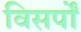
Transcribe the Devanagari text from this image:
विसर्पों